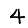
Digit: 4